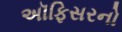
અૉફિસરનો